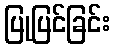
ပြုပြင်ခြင်း